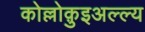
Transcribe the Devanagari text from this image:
कोल्लोक़ुइअल्ल्य